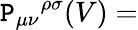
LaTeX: {\cal\mathtt{P}}_{\mu\nu}{}^{\rho\sigma}(V)=